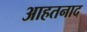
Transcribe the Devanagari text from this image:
आहतनाद